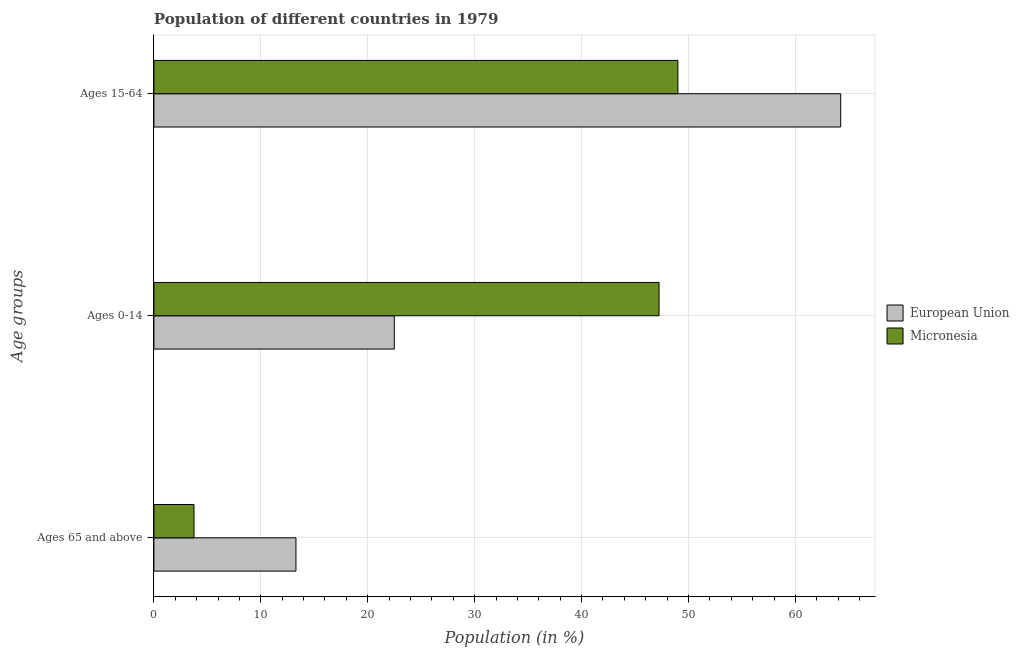
| Age groups | European Union | Micronesia |
 | --- | --- | --- |
 | Ages 65 and above | 13.3 | 3.75 |
 | Ages 0-14 | 22.5 | 47.2 |
 | Ages 15-64 | 64.2 | 49 |